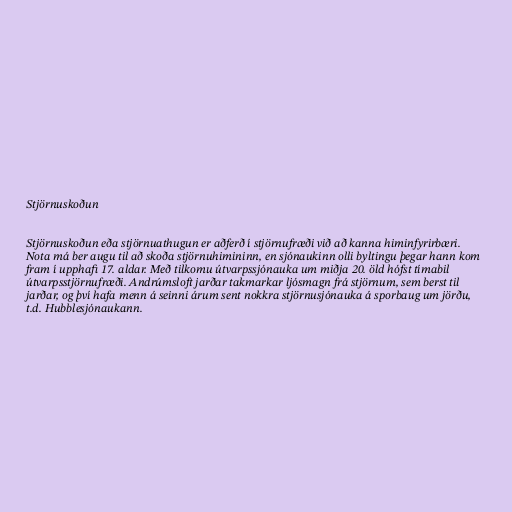
Stjörnuskoðun

Stjörnuskoðun eða stjörnuathugun er aðferð í stjörnufræði við að kanna himinfyrirbæri.
Nota má ber augu til að skoða stjörnuhimininn, en sjónaukinn olli byltingu þegar hann kom
fram í upphafi 17. aldar. Með tilkomu útvarpssjónauka um miðja 20. öld hófst tímabil
útvarpsstjörnufræði. Andrúmsloft jarðar takmarkar ljósmagn frá stjörnum, sem berst til
jarðar, og því hafa menn á seinni árum sent nokkra stjörnusjónauka á sporbaug um jörðu,
t.d. Hubblesjónaukann.